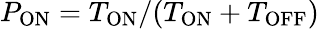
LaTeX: P_{\mathrm{ON}}=T_{\mathrm{ON}}/(T_{\mathrm{ON}}+T_{\mathrm{OFF}})